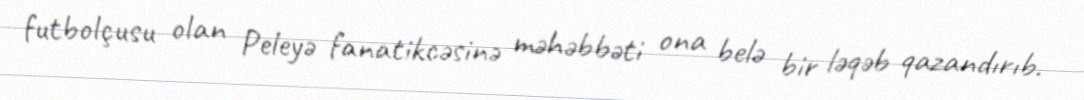
futbolçusu olan Peleyə fanatikcəsinə məhəbbəti ona belə bir ləqəb qazandırıb.